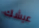
عيشك